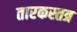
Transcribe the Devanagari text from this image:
तारकस्तत्र